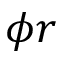
\phi r